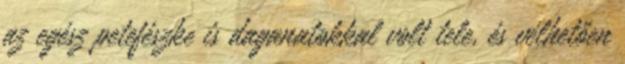
az egész petefészke is daganatokkal volt tele, és vélhetően